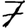
Digit: 7